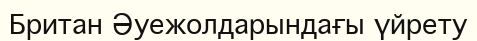
Британ Әуежолдарындағы үйрету